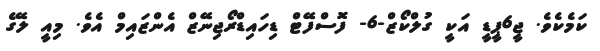
ކަމެކެވެ. ޖީ6ޕީޑީ އަކީ ގުލްކޯޒް-6- ފޮސްފޭޓް ޑިހައިޑްރޯޖިނޭޒް އެންޒައިމް އެވެ. މިއީ ލޭގެ